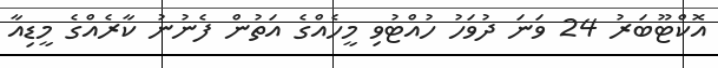
އޮކްޓޫބަރު 24 ވަނަ ދުވަހު ހުއްޓުވި މީހެއްގެ އަތުން ފެނުނު ކާރެއްގެ މީޑިއާ